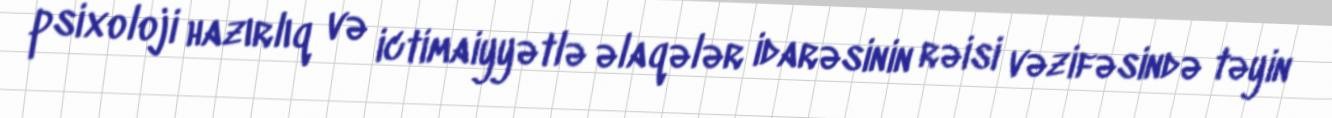
psixoloji hazırlıq və ictimaiyyətlə əlaqələr idarəsinin rəisi vəzifəsində təyin